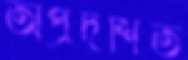
অপ্রর্দশিত